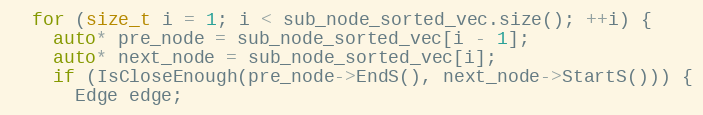
Language: C++
  for (size_t i = 1; i < sub_node_sorted_vec.size(); ++i) {
    auto* pre_node = sub_node_sorted_vec[i - 1];
    auto* next_node = sub_node_sorted_vec[i];
    if (IsCloseEnough(pre_node->EndS(), next_node->StartS())) {
      Edge edge;